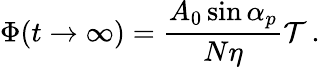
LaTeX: \Phi(t\to\infty)=\frac{A_{0}\sin\alpha_{p}}{N\eta}\mathcal{T}\, .